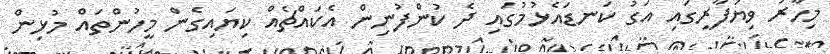
މިހާރު ވިޔަފާރީގައި އަގު ކަނޑައެޅުމުގައި ދެ ކުންފުނިން އެކައްޗެއް ކިޔައިގެން މީހުންތައް މުޅިން